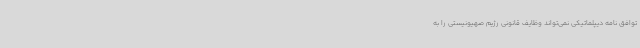
توافق نامه دیپلماتیکی نمی‌تواند وظایف قانونی رژیم صهیونیستی را به